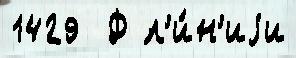
1429  Ф л'и́н'иjи